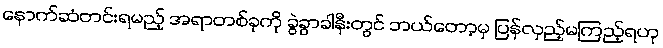
နောက်ဆံတင်းရမည့် အရာတစ်ခုကို ခွဲခွာခါနီးတွင် ဘယ်တော့မှ ပြန်လှည့်မကြည့်ရဟု